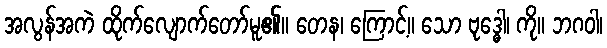
အလွန်အကဲ ထိုက်လျောက်တော်မူ၏။ တေန၊ ကြောင့်။ သော ဗုဒ္ဓေါ၊ ကို။ ဘဂဝါ၊